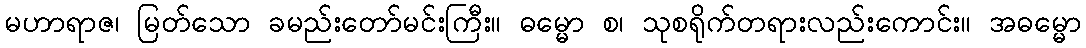
မဟာရာဇ၊ မြတ်သော ခမည်းတော်မင်းကြီး။ ဓမ္မော စ၊ သုစရိုက်တရားလည်းကောင်း။ အဓမ္မော